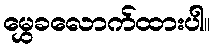
မွှေခလောက်ထားပါ။